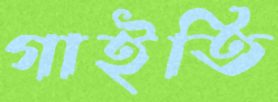
গাইতি